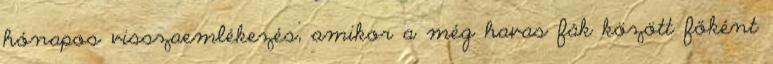
hónapos visszaemlékezés, amikor a még havas fák között főként